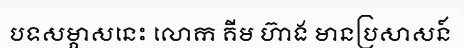
បទសម្ភាសនេះ លោក គីម ហ៊ាង មានប្រសាសន៍